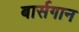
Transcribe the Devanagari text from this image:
बार्सगान